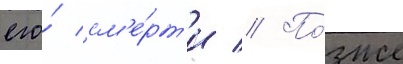
его́ см'е́рт'и // По́зже